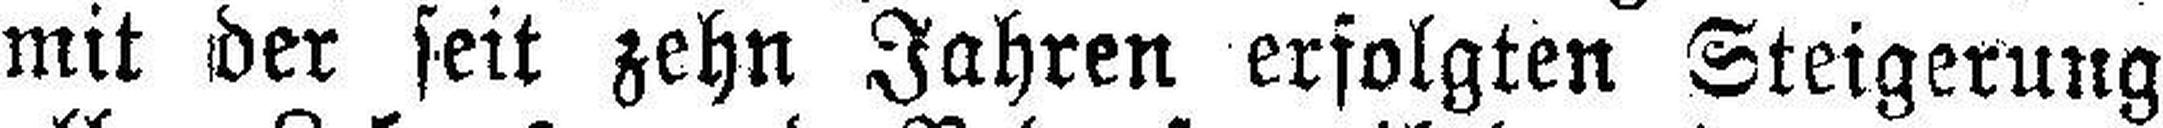
mit der seit zehn Jahren erfolgten Steigerung